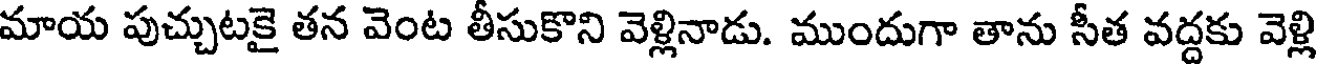
మాయ పుచ్చుటకై తన వెంట తీసుకొని వెళ్లినాడు. ముందుగా తాను సీత వద్దకు వెళ్లి